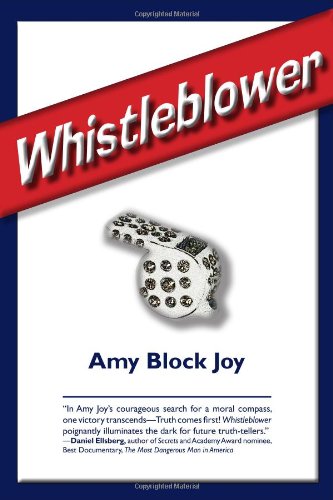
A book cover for Whistleblower; Amy Block Joy; Biographies & Memoirs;